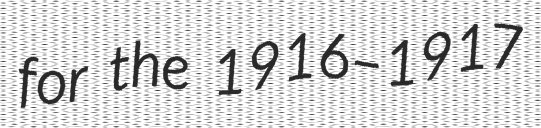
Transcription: for the 1916–1917